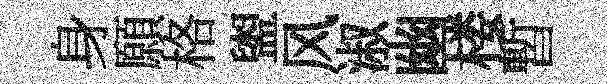
身願格盥风淑幽楼暫